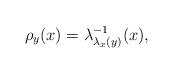
LaTeX: \begin{align*}\rho_{y}(x)=\lambda_{\lambda_{x}(y)}^{-1}(x),\end{align*}